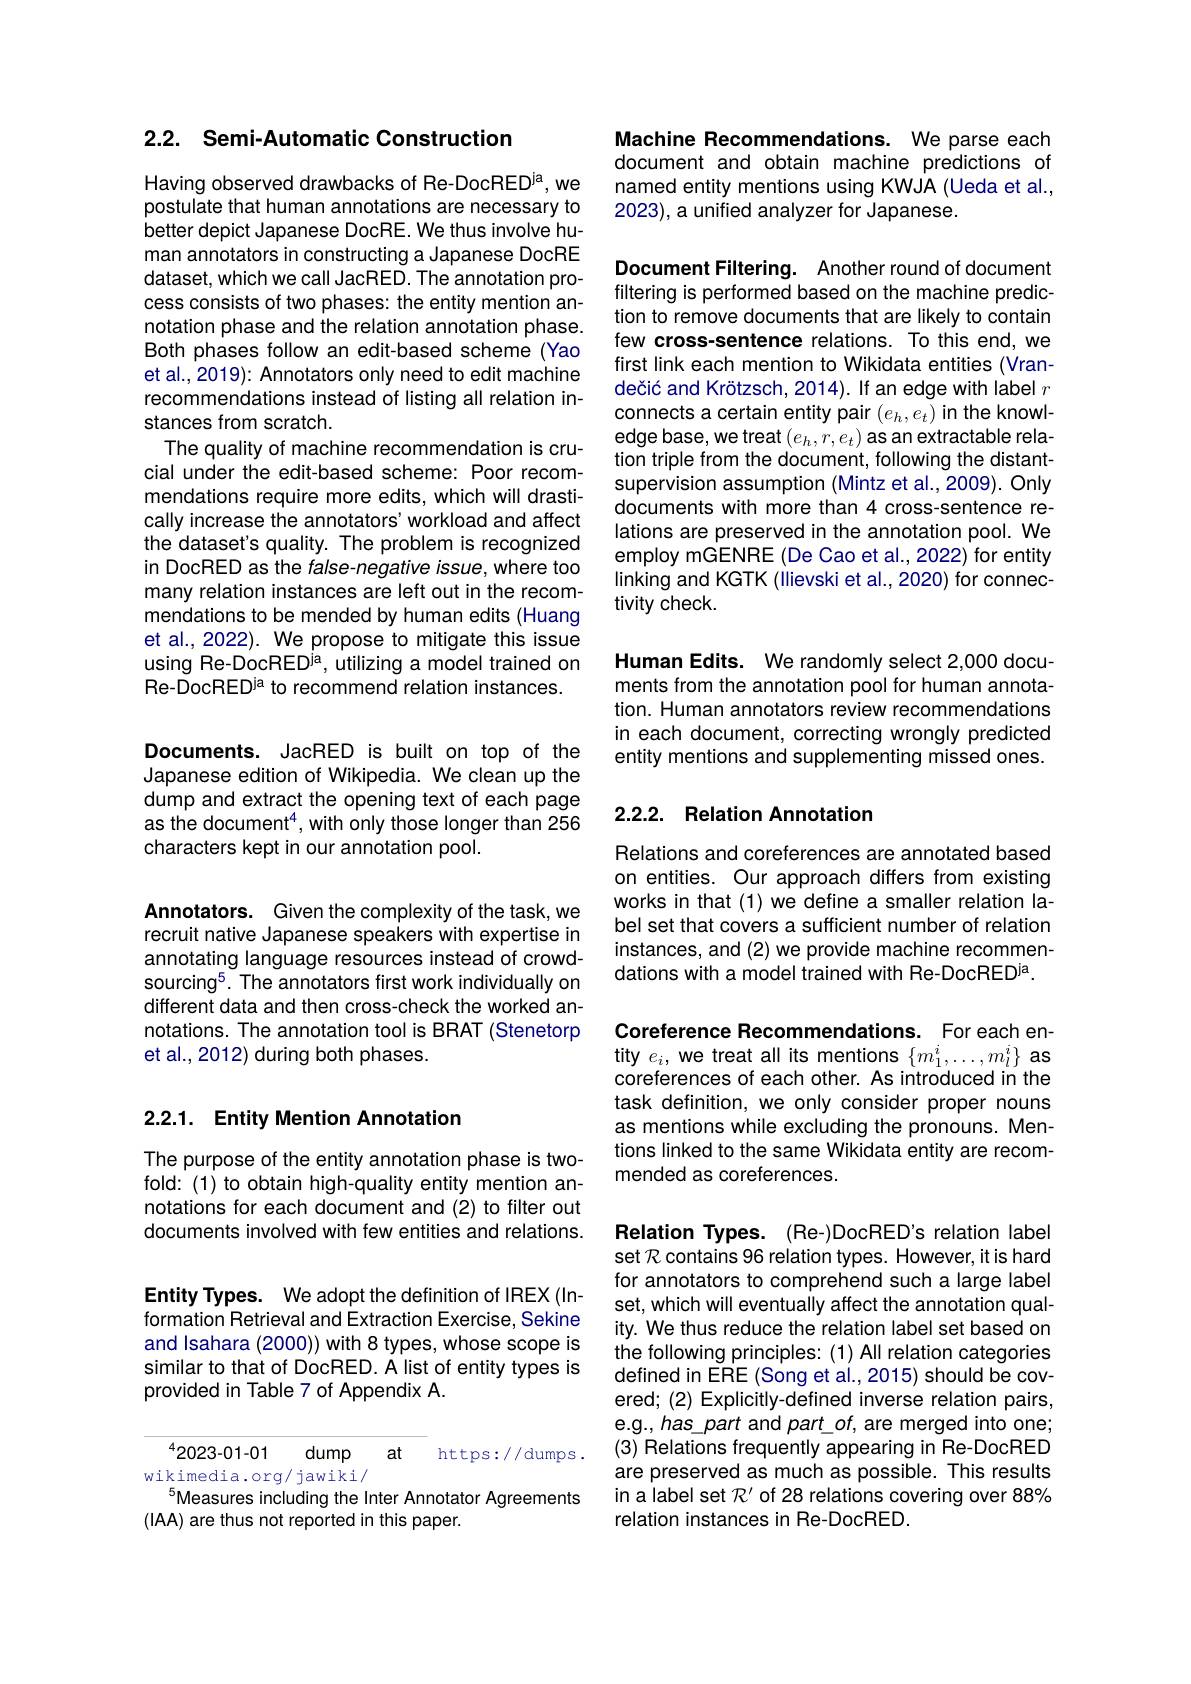
2.2. Semi-Automatic Construction

Having observed drawbacks of Re-DocRED$^\mathrm{ja}$, we postulate that human annotations are necessary to better depict Japanese DocRE. We thus involve human annotators in constructing a Japanese DocRE dataset, which we call JacRED. The annotation process consists of two phases: the entity mention annotation phase and the relation annotation phase. Both phases follow an edit-based scheme (Yao et al., 2019): Annotators only need to edit machine recommendations instead of listing all relation instances from scratch.
The quality of machine recommendation is crucial under the edit-based scheme: Poor recommendations require more edits, which will drastically increase the annotators' workload and affect the dataset's quality. The problem is recognized in DocRED as the false-negative issue, where too many relation instances are left out in the recommendations to be mended by human edits (Huang et al., 2022). We propose to mitigate this issue using Re-DocRED$^\mathrm{ja}$, utilizing a model trained on Re-DocRED'a to recommend relation instances.

Documents. JacRED is built on top of the Japanese edition of Wikipedia. We clean up the dump and extract the opening text of each page as the document$^4$,with only those longer than 256 characters kept in our annotation pool.

Annotators. Given the complexity of the task, we recruit native Japanese speakers with expertise in annotating language resources instead of crowdsourcing$^5.$ The annotators first work individually on different data and then cross-check the worked annotations. The annotation tool is BRAT (Stenetorp et al., 2012) during both phases.

## 2.2.1. Entity Mention Annotation

The purpose of the entity annotation phase is twofold: (1) to obtain high-quality entity mention annotations for each document and (2) to filter out documents involved with few entities and relations.

Entity Types. We adopt the definition of IREX (Information Retrieval and Extraction Exercise, Sekine and Isahara (2000)) with 8 types, whose scope is similar to that of DocRED. A list of entity types is provided in Table 7 of Appendix A.

$^{4}2023-01-01$
dump
at
https://dumps.
wikimedia.org/jawiki/
Measures including the Inter Annotator Agreements
(IAA) are thus not reported in this paper.

Machine Recommendations. We parse each document and obtain machine predictions of named entity mentions using KWJA (Ueda et al., 2023), a unified analyzer for Japanese.

Document Filtering. Another round of document filtering is performed based on the machine prediction to remove documents that are likely to contain few cross-sentence relations. To this end, we first link each mention to Wikidata entities (Vrandečić and Krötzsch, 2014). If an edge with label $r$ connects a certain entity pair $(e_h,e_t)$ in the knowledge base, we treat $( e_h, r, e_t) \textbf{as an extractable rela- }$ tion triple from the document, following the distantsupervision assumption (Mintz et al., 2009). Only documents with more than 4 cross-sentence relations are preserved in the annotation pool. We employ mGENRE (De Cao et al., 2022) for entity linking and KGTK (llievski et al., 2020) for connectivity check.

Human Edits. We randomly select 2,000 documents from the annotation pool for human annotation. Human annotators review recommendations in each document, correcting wrongly predicted entity mentions and supplementing missed ones.

## 2.2.2. Relation Annotation

Relations and coreferences are annotated based on entities. Our approach differs from existing works in that (1) we define a smaller relation label set that covers a sufficient number of relation instances, and (2) we provide machine recommendations with a model trained with Re-DocRED$^\mathrm{ja}.$

Coreference Recommendations. For each entity $e_i$, we treat all its mentions $\{m_1^i,\ldots,m_l^i\}$ as coreferences of each other. As introduced in the task definition, we only consider proper nouns as mentions while excluding the pronouns. Mentions linked to the same Wikidata entity are recommended as coreferences.

Relation Types. (Re-)DocRED's relation label set $\mathcal{R}$ contains 96 relation types. However, it is hard for annotators to comprehend such a large label set, which will eventually affect the annotation quality. We thus reduce the relation label set based on the following principles: (1) All relation categories defined in ERE (Song et al., 2015) should be covered; (2) Explicitly-defined inverse relation pairs, e.g., has\_part and $part\_of$, are merged into one; (3) Relations frequently appearing in Re-DocRED are preserved as much as possible. This results in a label set $\mathcal{R}^\prime$ of 28 relations covering over 88% relation instances in Re-DocRED.